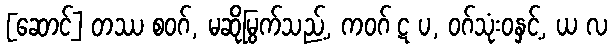
[ဆောင်] တဿ စဝဂ်, မဆိုမြွက်သည့်, ကဝဂ် ဋ ပ, ဝဂ်သုံးဝနှင့်, ယ လ